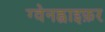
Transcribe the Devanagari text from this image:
ग्वेनह्वाइफ़र